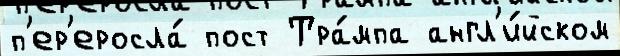
п'ер'еросла́ пост Тра́мпа англ'и́йском